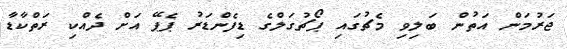
ޖަރުމަން އަތުން ބަލިވި މެޗުގައި ޕޯޗުގަލްގެ ޑިފެންޑަރު ޕެޕޭ އަށް ދެއްކި ރަތްކާޑާ